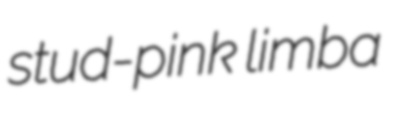
stud-pink limba